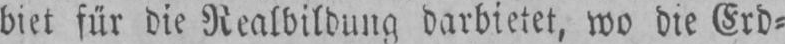
biet für die Realbildung darbietet, wo die Erd⸗